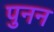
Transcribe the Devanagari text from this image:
पुनन